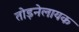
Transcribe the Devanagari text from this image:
तोड़नेलायक